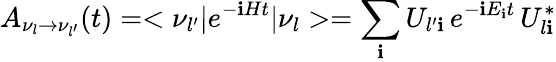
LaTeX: A_{\nu_{l}\to\nu_{l^{\prime}}}(t)=<\nu_{l^{\prime}}|e^{-\mathbf{i}Ht}|\nu_{l}>=\sum_{\mathbf{i}}U_{l^{\prime}\mathbf{i}}\, e^{-\mathbf{i}E_{\mathbf{i}}t}\, U_{l\mathbf{i}}^{*}